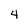
Character: 4